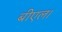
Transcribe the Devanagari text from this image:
बीएल।